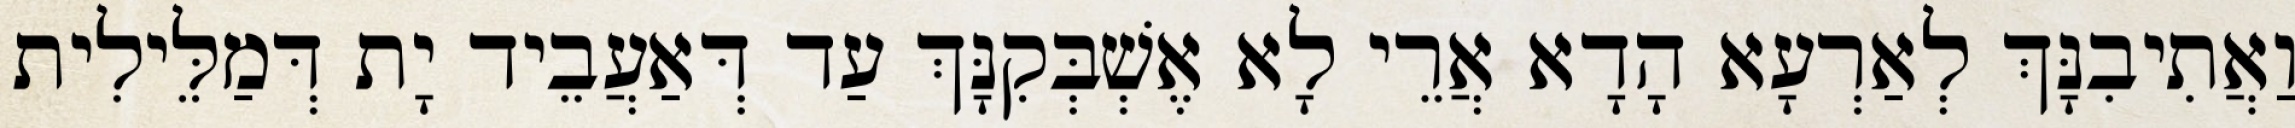
וַאֲתִיבִנָּךְ לְאַרְעָא הָדָא אֲרֵי לָא אֶשְׁבְּקִנָּךְ עַד דְּאַעֲבֵיד יָת דְּמַלֵּילִית